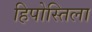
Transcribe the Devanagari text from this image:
हिपोस्तिला